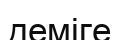
деміге